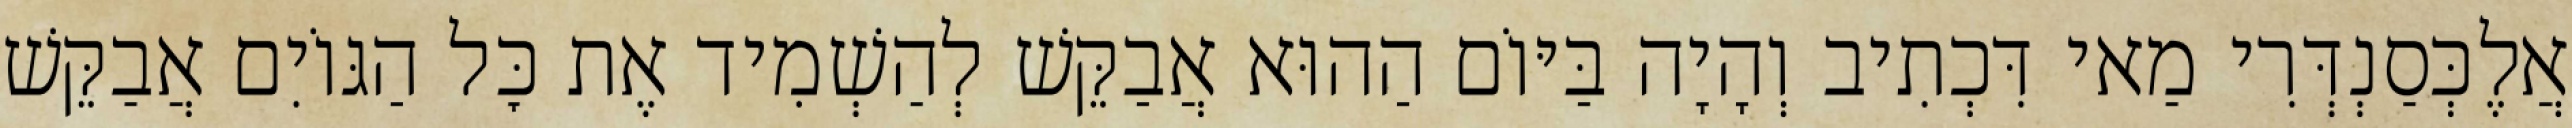
אֲלֶכְּסַנְדְּרִי מַאי דִּכְתִיב וְהָיָה בַּיּוֹם הַהוּא אֲבַקֵּשׁ לְהַשְׁמִיד אֶת כׇּל הַגּוֹיִם אֲבַקֵּשׁ